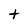
Character: t